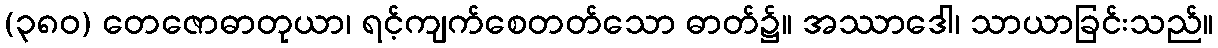
(၃၈၀) တေဇောဓာတုယာ၊ ရင့်ကျက်စေတတ်သော ဓာတ်၌။ အဿာဒေါ၊ သာယာခြင်းသည်။